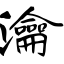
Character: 瀹